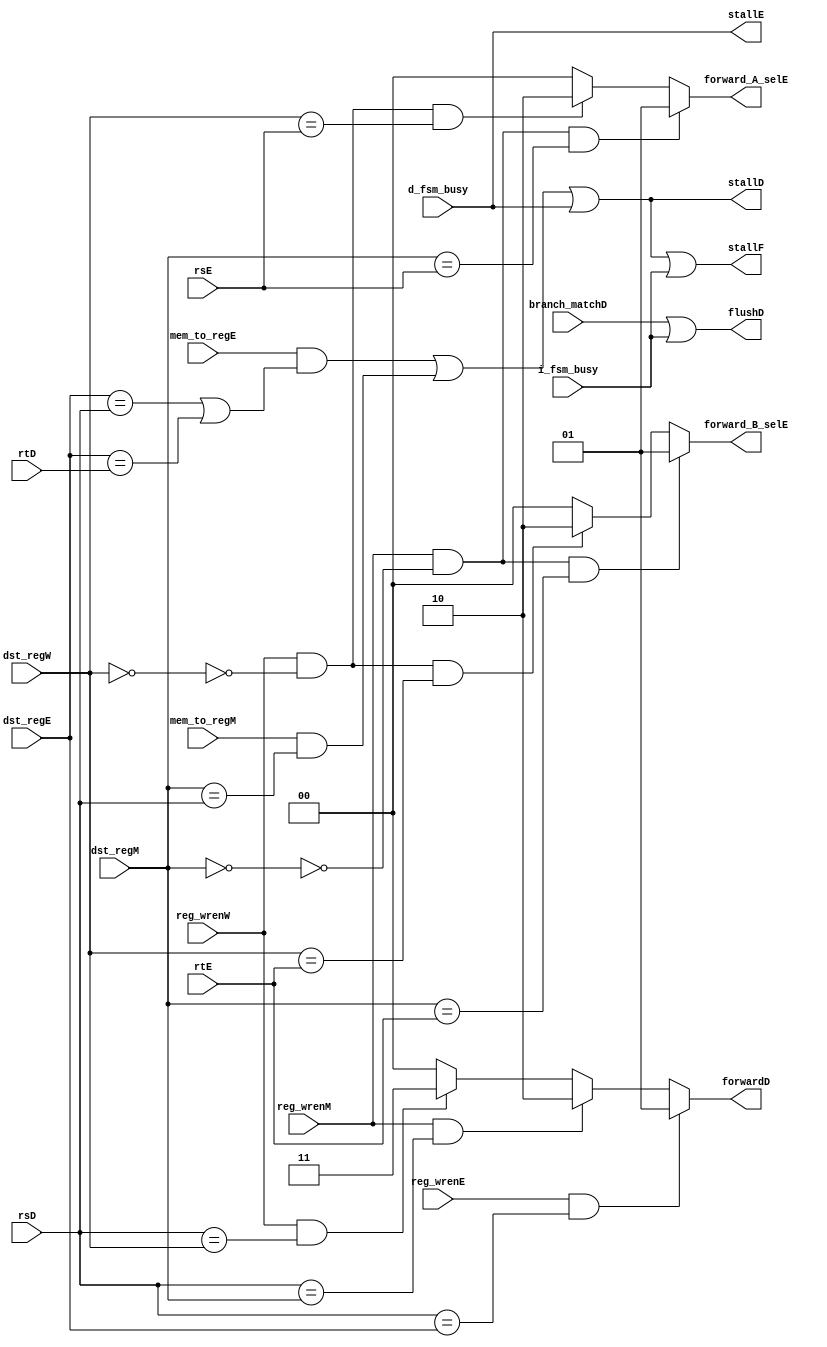
module hazard(branch_matchD, i_fsm_busy, d_fsm_busy, mem_to_regE, reg_wrenE,
   dst_regE, mem_to_regM, reg_wrenM, dst_regM, reg_wrenW, dst_regW, rsD, rtD,
   rsE, rtE, stallF, stallD, stallE, flushD, forwardD, forward_A_selE, forward_B_selE);

   input
      branch_matchD,       // Is a branch being taken?
      i_fsm_busy,
      d_fsm_busy,
      mem_to_regE,         // Is this a load instruction?
      mem_to_regM,
      reg_wrenE,           // Is a register being written to (need fwding
      reg_wrenM,           // if so!)
      reg_wrenW;
   input [3:0]
      dst_regE,            // what register is being written to?
      dst_regM,            // (What register should be fwded)
      dst_regW,
      rsD,
      rtD,
      rsE,
      rtE;
   output
      stallF,              // Stops writes to register.
      stallD,
      stallE,              // upstream from memory..
      flushD;              // Just connect it to branch_matchD
   /* In forwarding, the general pattern will be that the oldest signal
   such as a signal in WB will always be selected by the highest sel value */
   output [1:0]
      forwardD,            // This requires forwarding from E/M/W. Complicated
                           // this branch chooses between which branch register
      forward_A_selE,      // Choosing src 1 of ALU, Default to 00
      forward_B_selE;      // Choosing src 2 of ALU, Default to 00

   /*If forwarding is needed for branch instruction:
         11 - dst reg in write back stage needs to be forwarded
         10 - dst reg in mem stage needs to be forwarded
         01 - dst reg in ex stage needs to be forwarded
         00 - forwarding not needed
   */
   assign forwardD =
                     (reg_wrenE & (rsD == dst_regE)) ? 2'b01:
                     (reg_wrenM & (rsD == dst_regM)) ? 2'b10:
                     (reg_wrenW & (rsD == dst_regW)) ? 2'b11: 2'b0;

	assign flushD = branch_matchD | i_fsm_busy;


/* EX Hazard
if (EX/MEM.RegWrite & (EX/MEM.Rd != 0) & (EX/MEM.Rd == ID/EX.RS)) Forward from EX/MEM to ALU_IN_A
if (EX/MEM.RegWrite & (EX/MEM.Rd != 0) & (EX/MEM.Rd == ID/EX.RT)) Forward from EX/MEM to ALU_IN_B
*/	wire fwdA_ex_mem, fwdB_ex_mem;
	assign fwdA_ex_mem = reg_wrenM & ~(dst_regM == 4'b0000) & (dst_regM == rsE); //When High forward_A_selE = 01
	assign fwdB_ex_mem = reg_wrenM & ~(dst_regM == 4'b0000) & (dst_regM == rtE); //When High forward_B_selE = 01

/* MEM Hazard
if (MEM/WB.RegWrite & (MEM/WB.Rd != 0) & (MEM/WB.Rd == ID/EX.RS)) Forward from MEM/WB to ALU_IN_A
if (MEM/WB.RegWrite & (MEM/WB.Rd != 0) & (MEM/WB.Rd == ID/EX.RT)) Forward from MEM/WB to ALU_IN_B
*/
	wire fwdA_mem_wb, fwdB_mem_wb;
	assign fwdA_mem_wb = reg_wrenW & ~(dst_regW == 4'b0000) & (dst_regW == rsE); //When High forward_A_selE = 10
	assign fwdB_mem_wb = reg_wrenW & ~(dst_regW == 4'b0000) & (dst_regW == rtE); //When High forward B_selE = 10


	assign forward_A_selE = fwdA_ex_mem ? 2'b01 : fwdA_mem_wb ? 2'b10 : 2'b00;
	assign forward_B_selE = fwdB_ex_mem ? 2'b01 : fwdB_mem_wb ? 2'b10 : 2'b00;

/*
if (ID/EX.MemRead & ((ID/EX.Rt == IF/ID.Rs) | (ID/EX.Rt == IF/ID.Rt))) Stall Pipeline
*/
   /* We only forward memory reads in the WB stage to reduce clk. However, both
   the decode stage and the execute stage require what is read from memory.
   Therefore, we must stall while the offending instruction is in the decode stage.
   We must stall if mem load is in execute or mem stage and its data is requested. */
	wire stall_frm_E;      // mem load is in execute stage while dependent is in decode
                          // is stalled on both ALU and branch depndency
   wire stall_frm_M;      // mem load is in mem stage while dependent is in decode
                          // is stalled only on branch dependency
   // stall_Frm_x sigs are only data dependence stalls. On cache busy, further
   // logic needs to occur with d_cache_fsm_busy.
   assign stall_frm_E = mem_to_regE & ((dst_regE == rsD) | (dst_regE == rtD));
   assign stall_frm_M = mem_to_regM & (dst_regM == rsD);
   assign stall_pipeline = stall_frm_E | stall_frm_M | d_fsm_busy;
	assign stallF = stall_pipeline | i_fsm_busy;
	assign stallD = stall_pipeline;
   assign stallE = d_fsm_busy;

endmodule